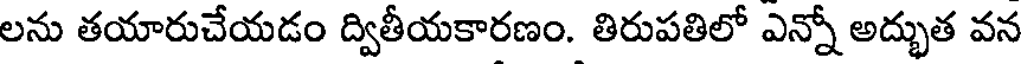
లను తయారుచేయడం ద్వితీయకారణం. తిరుపతిలో ఎన్నో అద్భుత వన